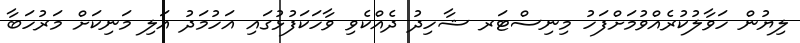
ލިޔުން ހަވާލުކުރެއްވުމަށްފަހު މިނިސްޓަރ ޝާހިދު ދެއްކެވި ވާހަކަފުޅުގައި އަހުމަދު އަލި މަނިކަށް މަރުހަބާ